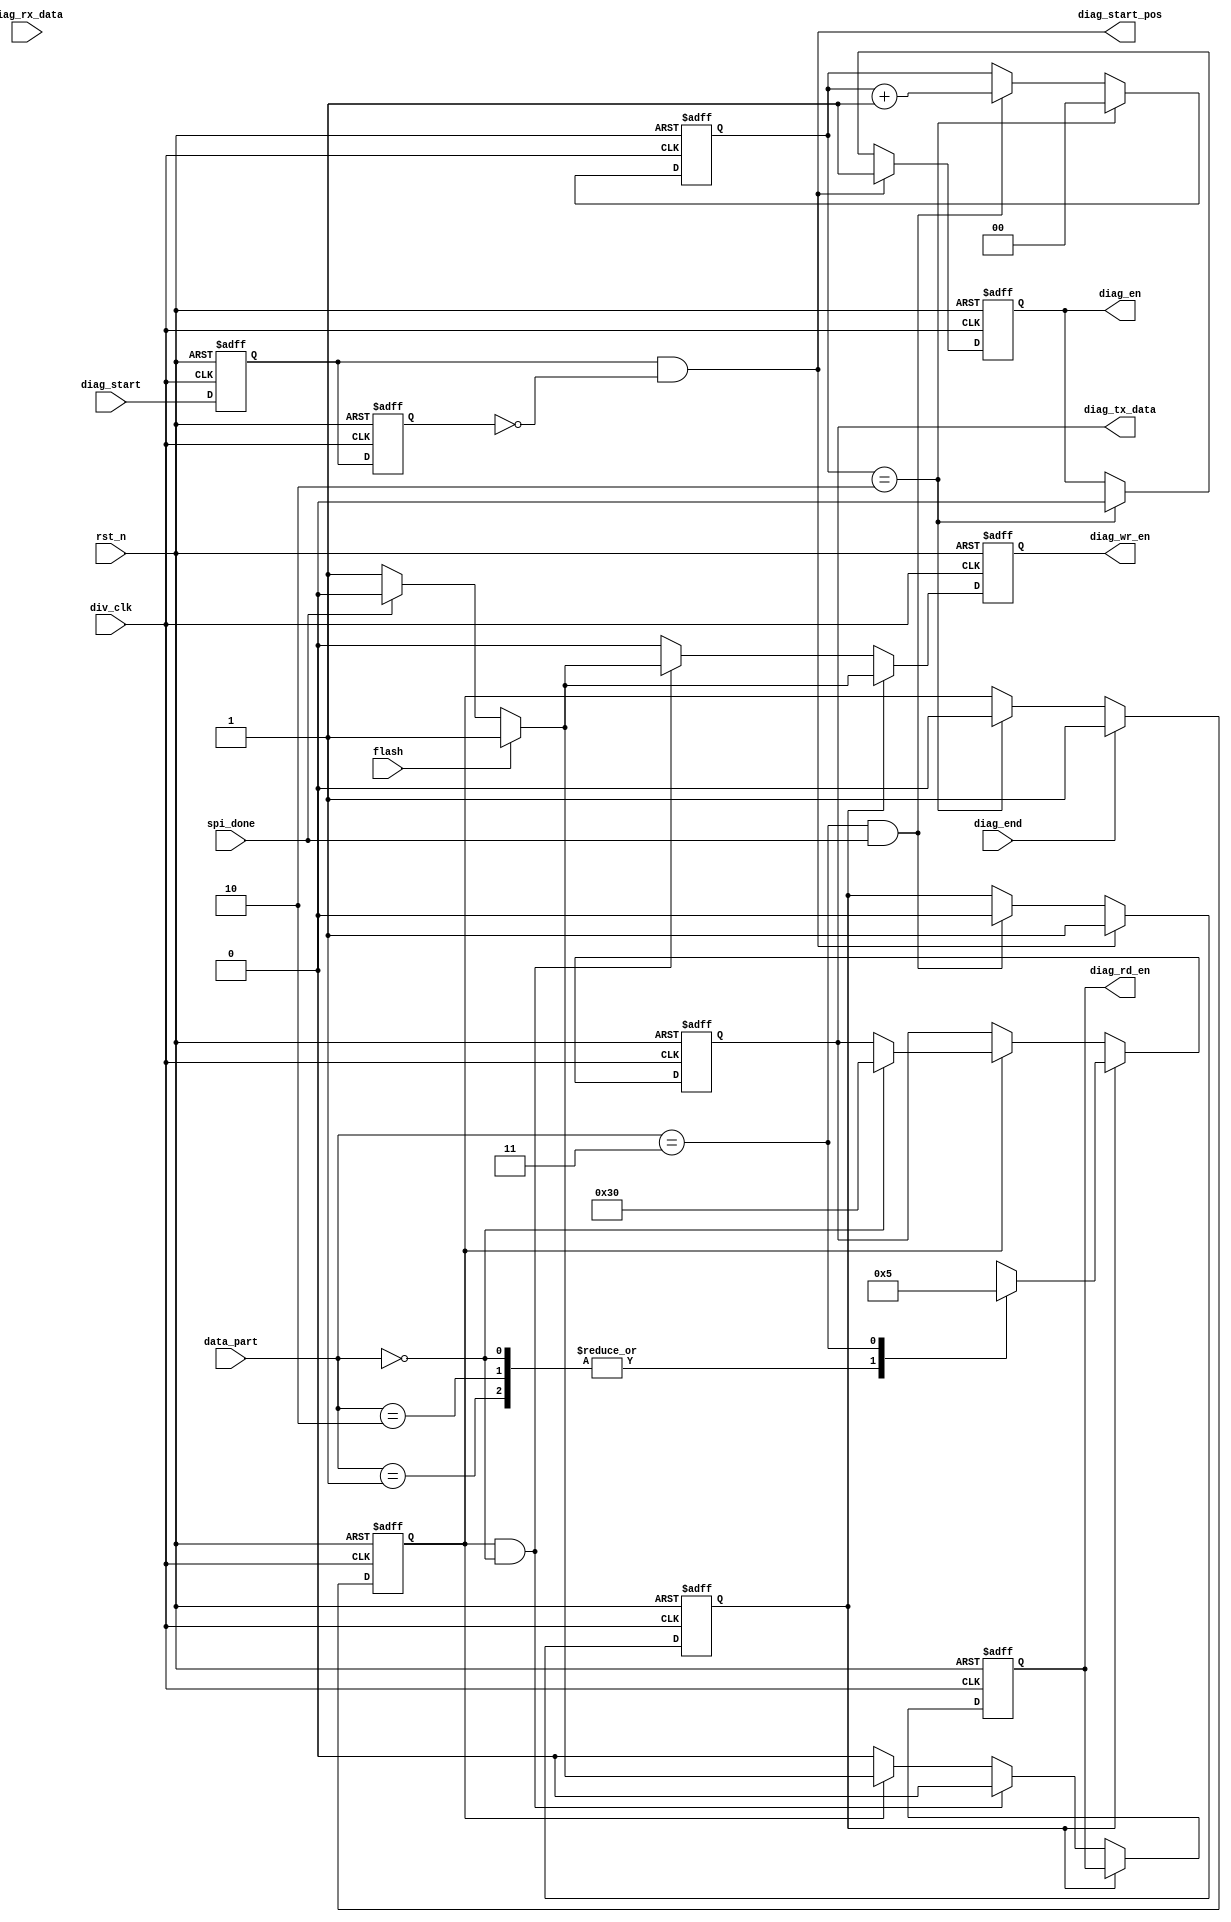
module diag (
	div_clk,
	rst_n,
	flash,
	diag_rx_data,
	diag_tx_data,
	diag_rd_en,
	diag_wr_en,
	diag_en,
	spi_done,
	diag_start,
	diag_end,
	data_part,
	diag_start_pos//data_part reset
);


input	div_clk;
input	rst_n;
input flash;
input spi_done;
input [7:0]diag_rx_data;
input diag_start;
input diag_end;
input [1:0]data_part;
output reg [7:0]diag_tx_data;
output reg diag_rd_en;
output reg diag_wr_en;
output reg diag_en;
output wire diag_start_pos;

reg diag_start_en;
reg diag_end_en;
reg diag_start_reg1;
reg diag_start_reg2;
reg [1:0]part_count;
reg [23:0]diag_reg;


parameter	adder_data = 2'b00;
parameter	h_data = 2'b01;
parameter	m_data = 2'b10;
parameter	l_data = 2'b11;
	
always @ (posedge div_clk or negedge rst_n)
	begin
	if(!rst_n)
		begin
		diag_start_reg1 <= 1'b0;
		diag_start_reg2 <= 1'b0;
		end
	else 
		begin
		diag_start_reg1 <= diag_start;
		diag_start_reg2 <= diag_start_reg1;
		end
	end
	
assign diag_start_pos = diag_start_reg1 & ~diag_start_reg2;

always @ (posedge div_clk or negedge rst_n)
	begin
	if (!rst_n)
		diag_start_en <= 1'b0;
	else if (diag_start_pos) 
		diag_start_en <= 1'b1;
	else if (data_part == l_data && spi_done == 1'b1)
		diag_start_en <= 1'b0;
	end

always @(posedge div_clk or negedge rst_n)
	begin
	if(!rst_n)
		part_count <= 2'b0;
	else if (part_count == 2'b10)
		part_count <= 2'b0;
	else if (data_part == l_data && spi_done == 1'b1 )
		part_count <= part_count + 1'b1;
	end
	
always @ (posedge div_clk or negedge rst_n)
	begin
	if (!rst_n)
		diag_end_en <= 1'b0;
	else if (diag_end)
		diag_end_en <= 1'b1;
	else if (part_count == 2'b10)
		diag_end_en <= 1'b0;
	end
	
always @ (posedge div_clk or negedge rst_n)
	begin
	if (!rst_n)
		diag_en <= 1'b0;
	else if (diag_start_pos)
		diag_en <= 1'b1;
	else if (part_count == 2'b10)
		diag_en <= 1'b0;
	end
	
always @ (posedge div_clk or negedge rst_n)
	begin 
	if (!rst_n)
	begin
		diag_wr_en <= 1'b0;
		diag_rd_en <= 1'b0;
	end
	else if (diag_start_en)
		begin
		if (flash)
			diag_wr_en <= 1'b1;
		else if(spi_done)
			diag_wr_en <= 1'b0;
		else 
			diag_wr_en <= 1'b1;	
		end
	else if (diag_end_en && data_part == adder_data)
		begin
		if (flash)
			begin
			diag_wr_en <= 1'b1;
			diag_rd_en <= 1'b0;
			end
		else if(spi_done)
			begin
			diag_wr_en <= 1'b0;
			diag_rd_en <= 1'b0;
			end
		else 
			begin
			diag_wr_en <= 1'b1;
			diag_rd_en <= 1'b0;
			end
		end
	else if (diag_end_en)
		begin
		if (flash)
			begin
			diag_wr_en <= 1'b0;
			diag_rd_en <= 1'b1;
			end
		else if(spi_done)
			begin
			diag_wr_en <= 1'b0;
			diag_rd_en <= 1'b0;
			end
		else 
			begin
			diag_wr_en <= 1'b0;
			diag_rd_en <= 1'b1;
			end
		end
	else begin	
		diag_wr_en <= 1'b0;
		diag_rd_en <= 1'b0;
		end
	end

	
always @ (posedge div_clk or negedge rst_n)
	begin
	if (!rst_n)
		begin
		diag_tx_data <= 8'b0;
		diag_reg <= 24'b0;
		end
	else if (diag_start_en)
		begin
		case(data_part)
			adder_data: diag_tx_data <= 8'h00;
			h_data	:	diag_tx_data <= 8'h00;
			m_data	:	diag_tx_data <= 8'h00;
			l_data	:	diag_tx_data <= 8'b0000_0101;//SPI_READ -- 1   DIAG_REG --- 1
		endcase
		end
	else if (diag_end_en)
		begin
		case(data_part)
			adder_data: diag_tx_data <= 8'h30;
			h_data	:	diag_reg[23:16] <= diag_rx_data;
			m_data	:	diag_reg[15:8] <= diag_rx_data;
			l_data	:	diag_reg[7:0] <= diag_rx_data;
		endcase
		end
	end
endmodule